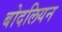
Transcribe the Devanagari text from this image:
बोदलियन